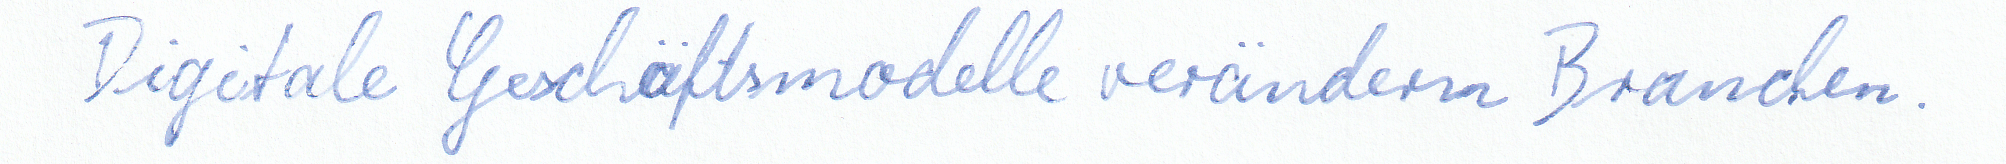
Digitale Geschäftsmodelle verändern Branchen.